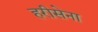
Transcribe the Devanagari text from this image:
हरीसेना